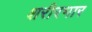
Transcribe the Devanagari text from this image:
शरीरभार